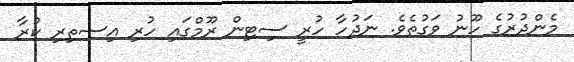
މެންދުރުގެ ހޫނު ވަގުތެވެ. ނަދުހާ ހުރީ ސިޓިން ރޫމްގައި ހުރި އިސތިރި ކުރާ